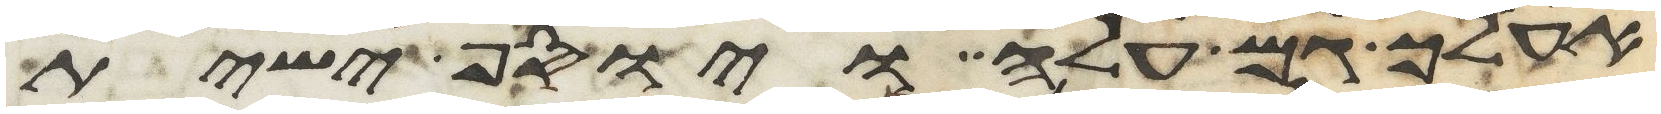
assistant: אעלך גם עלה ויוסף ישית